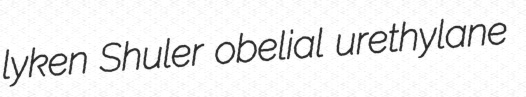
lyken Shuler obelial urethylane